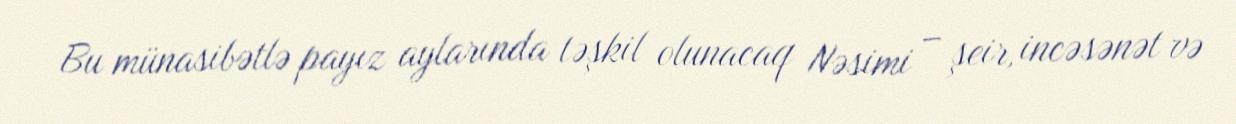
Bu münasibətlə payız aylarında təşkil olunacaq Nəsimi – şeir, incəsənət və